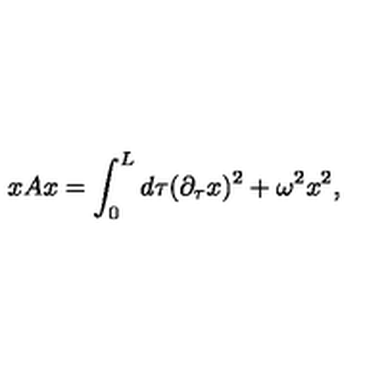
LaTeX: x A x = \int _ { 0 } ^ { L } d \tau ( \partial _ { \tau } x ) ^ { 2 } + \omega ^ { 2 } x ^ { 2 } ,